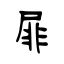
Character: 屝